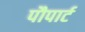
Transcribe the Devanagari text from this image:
पौपार्ट